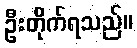
ဦးတိုက်ရသည်။